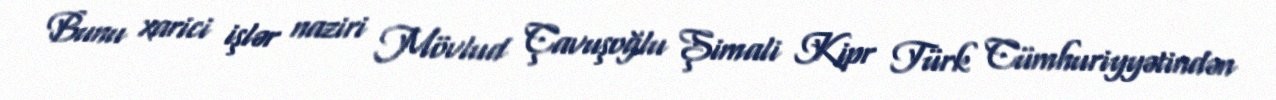
Bunu xarici işlər naziri Mövlud Çavuşoğlu Şimali Kipr Türk Cümhuriyyətindən